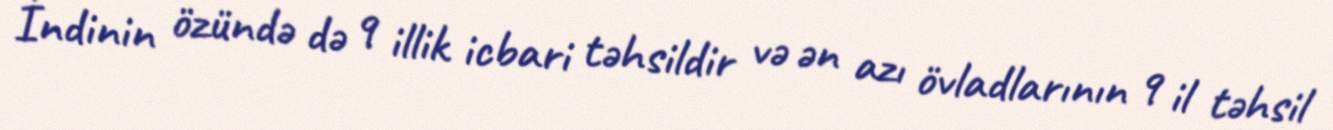
İndinin özündə də 9 illik icbari təhsildir və ən azı övladlarının 9 il təhsil